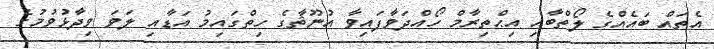
އެތައް ބައެއްގެ ލޯތްބާއި އިޙްތިރާމް ހޯއްދަވާފައިވާ އުނޫޘާގެ ހިތްގައިމު އަޑާއި ލަވަ ވިދާޅުވުމުގެ